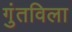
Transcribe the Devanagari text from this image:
गुंतविला